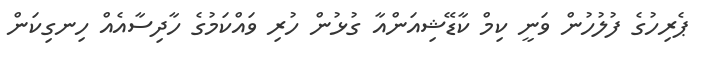
ޕެރިހުގެ ފުލުހުން ވަނީ ކިމް ކާޑޭޝިއަންއާ ގުޅުން ހުރި ވައްކަމުގެ ހާދިސާއެއް ހިނގިކަން